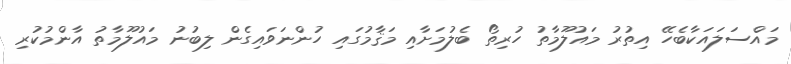
މައްސަލައަކާބެހޭ އިތުރު މައުލޫމާތު ހުރިތޯ ބެލުމަށާއި މަޤާމުގައި ހުންނަވައިގެން ލިބުނު މައުލޫމާތު އާންމުކުރި